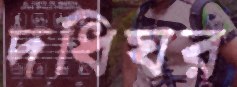
দধিঘর